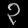
Digit: ၃